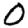
Digit: 0